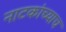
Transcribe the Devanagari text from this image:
नाटकांच्याच